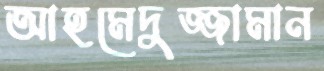
আহমেদুজ্জামান